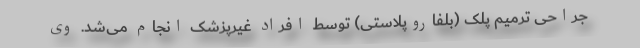
جراحی ترمیم پلک (بلفاروپلاستی) توسط افراد غیرپزشک انجام می‌شد. وی